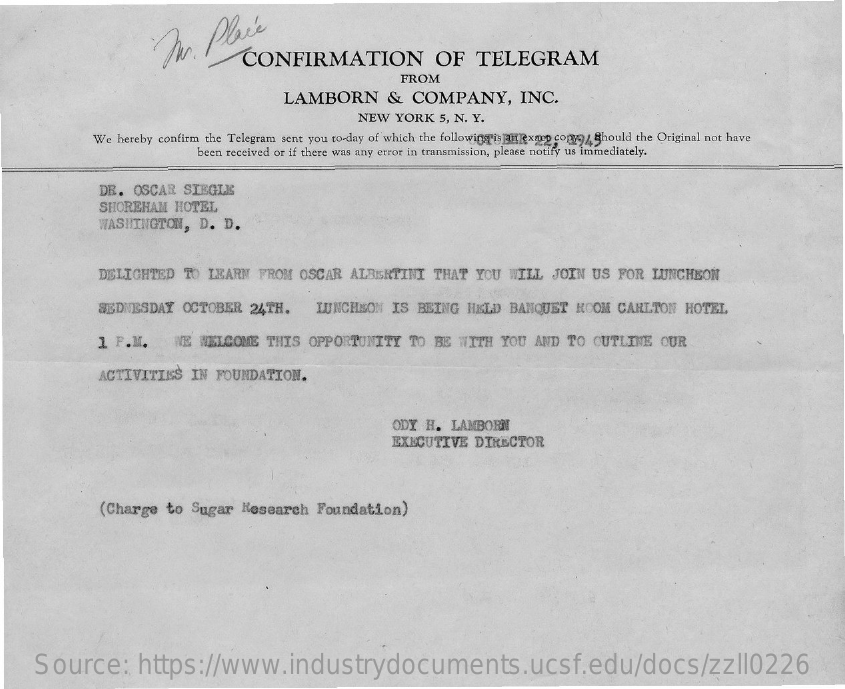
Dr.   Place
     CONFIRMATION    OF    TELEGRAM
     FROM
     LAMBORN    &   COMPANY,    INC.
     NEW  YORK   5, N. Y.
     We hereby confirm the Telegram sent you to-day of which the following is anexar0 copy9/ Should the Original not have
     been received or if there was any error in transmission, please notify us immediately.
     DR.  OSCAR  SIEGLE
     SHOREHAM   HOTEL
     WASHINGTON,   D.  D.
     DELIGHTED   TO  LEARN  FROM  OSCAR   ALBERTINI   THAT  YOU  WILL  JOIN  US  FOR  LUNCHEON
     SEDNESDAY   OCTOBER   24TH.    LUNCHEON   IS BEING   HELD  BANQUET   ROOM  CARLTON   HOTEL
     1 P.M.    WE WELCOME   THIS  OPPORTUNITY    TO  BE  WITH  YOU  AND  TO CUTLINE    OUR
     ACTIVITIES   IN  FOUNDATION.
     ODY  H. LAMBORN
     EXECUTIVE   DIRECTOR
     (Charge   to Sugar   Research   Foundation)
     Source:    https://www.industrydocuments.ucsf.edu/docs/zzll0226